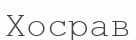
Хосрав